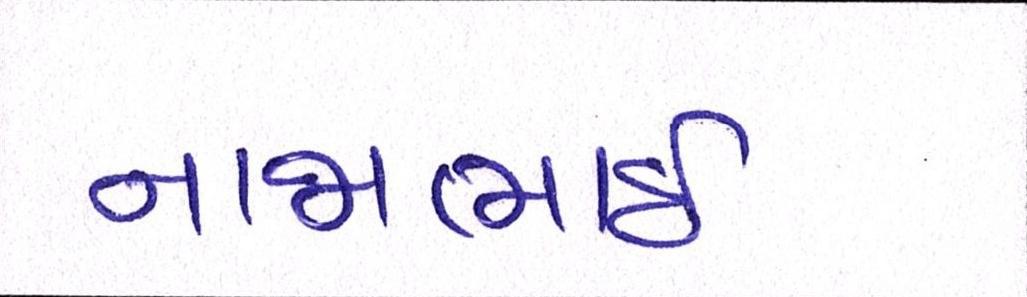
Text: નાજાભાઇ